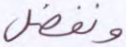
ونفضل